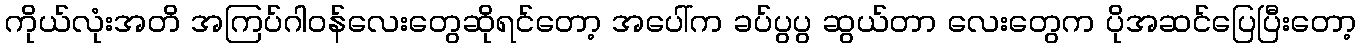
ကိုယ်လုံးအတိ အကြပ်ဂါဝန်လေးတွေဆိုရင်တော့ အပေါ်က ခပ်ပွပွ ဆွယ်တာ လေးတွေက ပိုအဆင်ပြေပြီးတော့